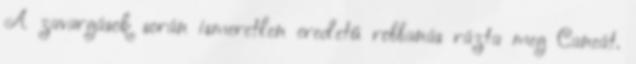
A zavargások során ismeretlen eredetű robbanás rázta meg Caneát.